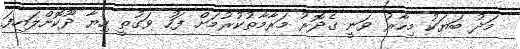
މަދު ބަޔަކު މިހާރު ވަނީ ގެދޮރު މަރާމާތުކުރުމަށް ފަހު ވަގުތީ ހިޔާ ދޫކޮށްލައިފަ